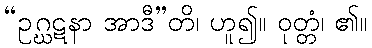
“ဥဂ္ဃဋနာ အာဒီ”တိ၊ ဟူ၍။ ဝုတ္တံ၊ ၏။